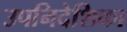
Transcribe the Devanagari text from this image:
उपनिदेशिका